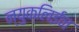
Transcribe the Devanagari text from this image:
न्युक्लिईन